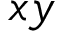
x y